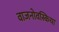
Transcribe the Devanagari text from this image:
वाजनोवस्किया